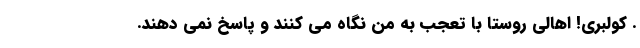
. کولبری! اهالی روستا با تعجب به من نگاه می کنند و پاسخ نمی دهند.